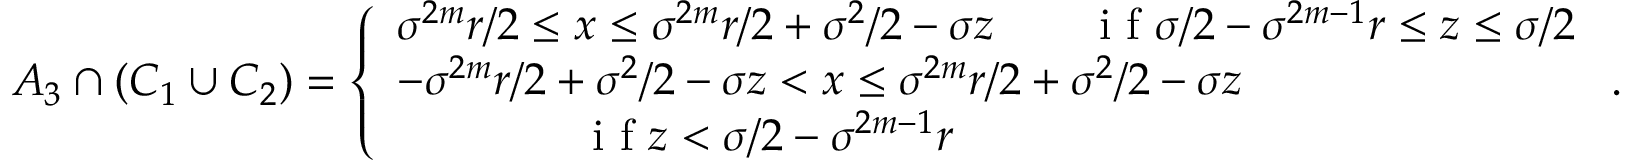
\begin{array} { r } { A _ { 3 } \cap ( C _ { 1 } \cup C _ { 2 } ) = \left\{ \begin{array} { l l } { \sigma ^ { 2 m } r / 2 \leq x \leq \sigma ^ { 2 m } r / 2 + \sigma ^ { 2 } / 2 - \sigma z \qquad \textrm { i f } \sigma / 2 - \sigma ^ { 2 m - 1 } r \leq z \leq \sigma / 2 } \\ { - \sigma ^ { 2 m } r / 2 + \sigma ^ { 2 } / 2 - \sigma z < x \leq \sigma ^ { 2 m } r / 2 + \sigma ^ { 2 } / 2 - \sigma z } \\ { \qquad \qquad \textrm { i f } z < \sigma / 2 - \sigma ^ { 2 m - 1 } r } \end{array} \right. . } \end{array}